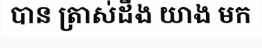
បាន ត្រាស់ដឹង យាង មក